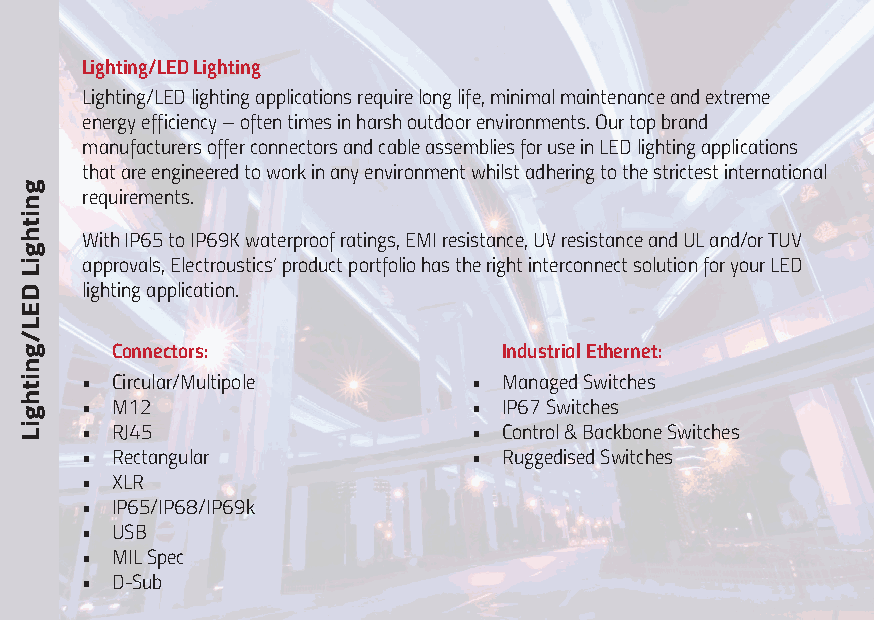
Lighting/LED Lighting
 Lighting/LED lighting applications require long life, minimal maintenance and extreme
 energy efficiency – often times in harsh outdoor environments. Our top brand
 manufacturers offer connectors and cable assemblies for use in LED lighting applications
 that are engineered to work in any environment whilst adhering to the strictest international
 requirements.
 With IP65 to IP69K waterproof ratings, EMI resistance, UV resistance and UL and/or TUV
 approvals, Electroustics’ product portfolio has the right interconnect solution for your LED
 lighting application.
 Connectors:               Industrial Ethernet:
 • Circular/Multipole      • Managed Switches
 • M12                     • IP67 Switches
 • RJ45                    • Control & Backbone Switches
 • Rectangular             • Ruggedised Switches
 • XLR
 • IP65/IP68/IP69k
 • USB
 • MIL Spec
 • D-Sub
 gnithgiL
 DEL/gnithgiL